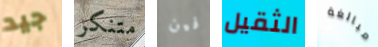
جيد متنكر فين الثقيل مبالغة